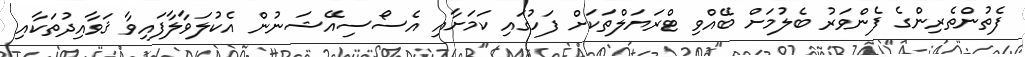
ފެތުންތެރިންގެ ފެންވަރު ބެލުމަށް ބޭއްވި ޓްރަޔަލްތަކަށް ފަހުގައި ކަމަށާއި އެސޯސިއޭޝަނުން އެކުލަވާލާފައިވާ ޤަވާއިދުތަކާއި